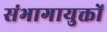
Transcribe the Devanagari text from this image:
संभागायुक्तों